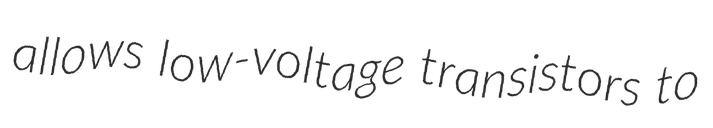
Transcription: allows low-voltage transistors to